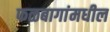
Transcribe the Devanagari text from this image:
फळबागांमधील